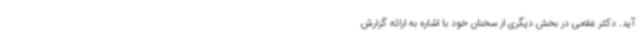
آید. دکتر غلامی در بخش دیگری از سخنان خود با اشاره به ارائه گزارش